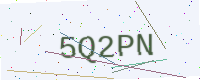
Text: 5Q2PN